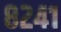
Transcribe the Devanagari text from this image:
८२४१